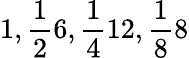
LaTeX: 1,\frac{1}{2}6,\frac{1}{4}12,\frac{1}{8}8